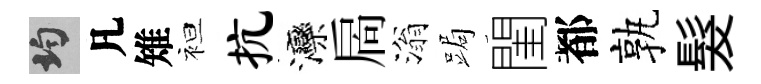
均凡雉袒抗灤扄滃跼閨都孰髮